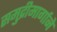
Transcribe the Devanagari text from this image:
समुद्रीमार्गाने